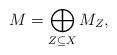
LaTeX: \begin{align*}M = \bigoplus_{Z \subseteq X} M_Z,\end{align*}